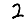
Digit: 2